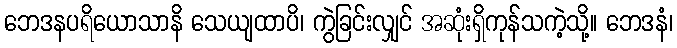
ဘေဒနပရိယောသာနိ သေယျထာပိ၊ ကွဲခြင်းလျှင် အဆုံးရှိကုန်သကဲ့သို့။ ဘေဒနံ၊